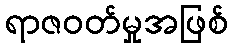
ရာဇဝတ်မှုအဖြစ်